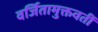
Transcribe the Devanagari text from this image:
वर्जितामुक्तवतीं